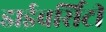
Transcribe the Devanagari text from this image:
डाईवर्सिटी